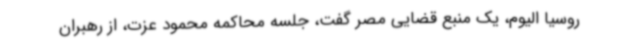
روسیا الیوم، یک منبع قضایی مصر گفت، جلسه محاکمه محمود عزت، از رهبران